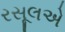
રસૂલએ